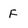
Character: F